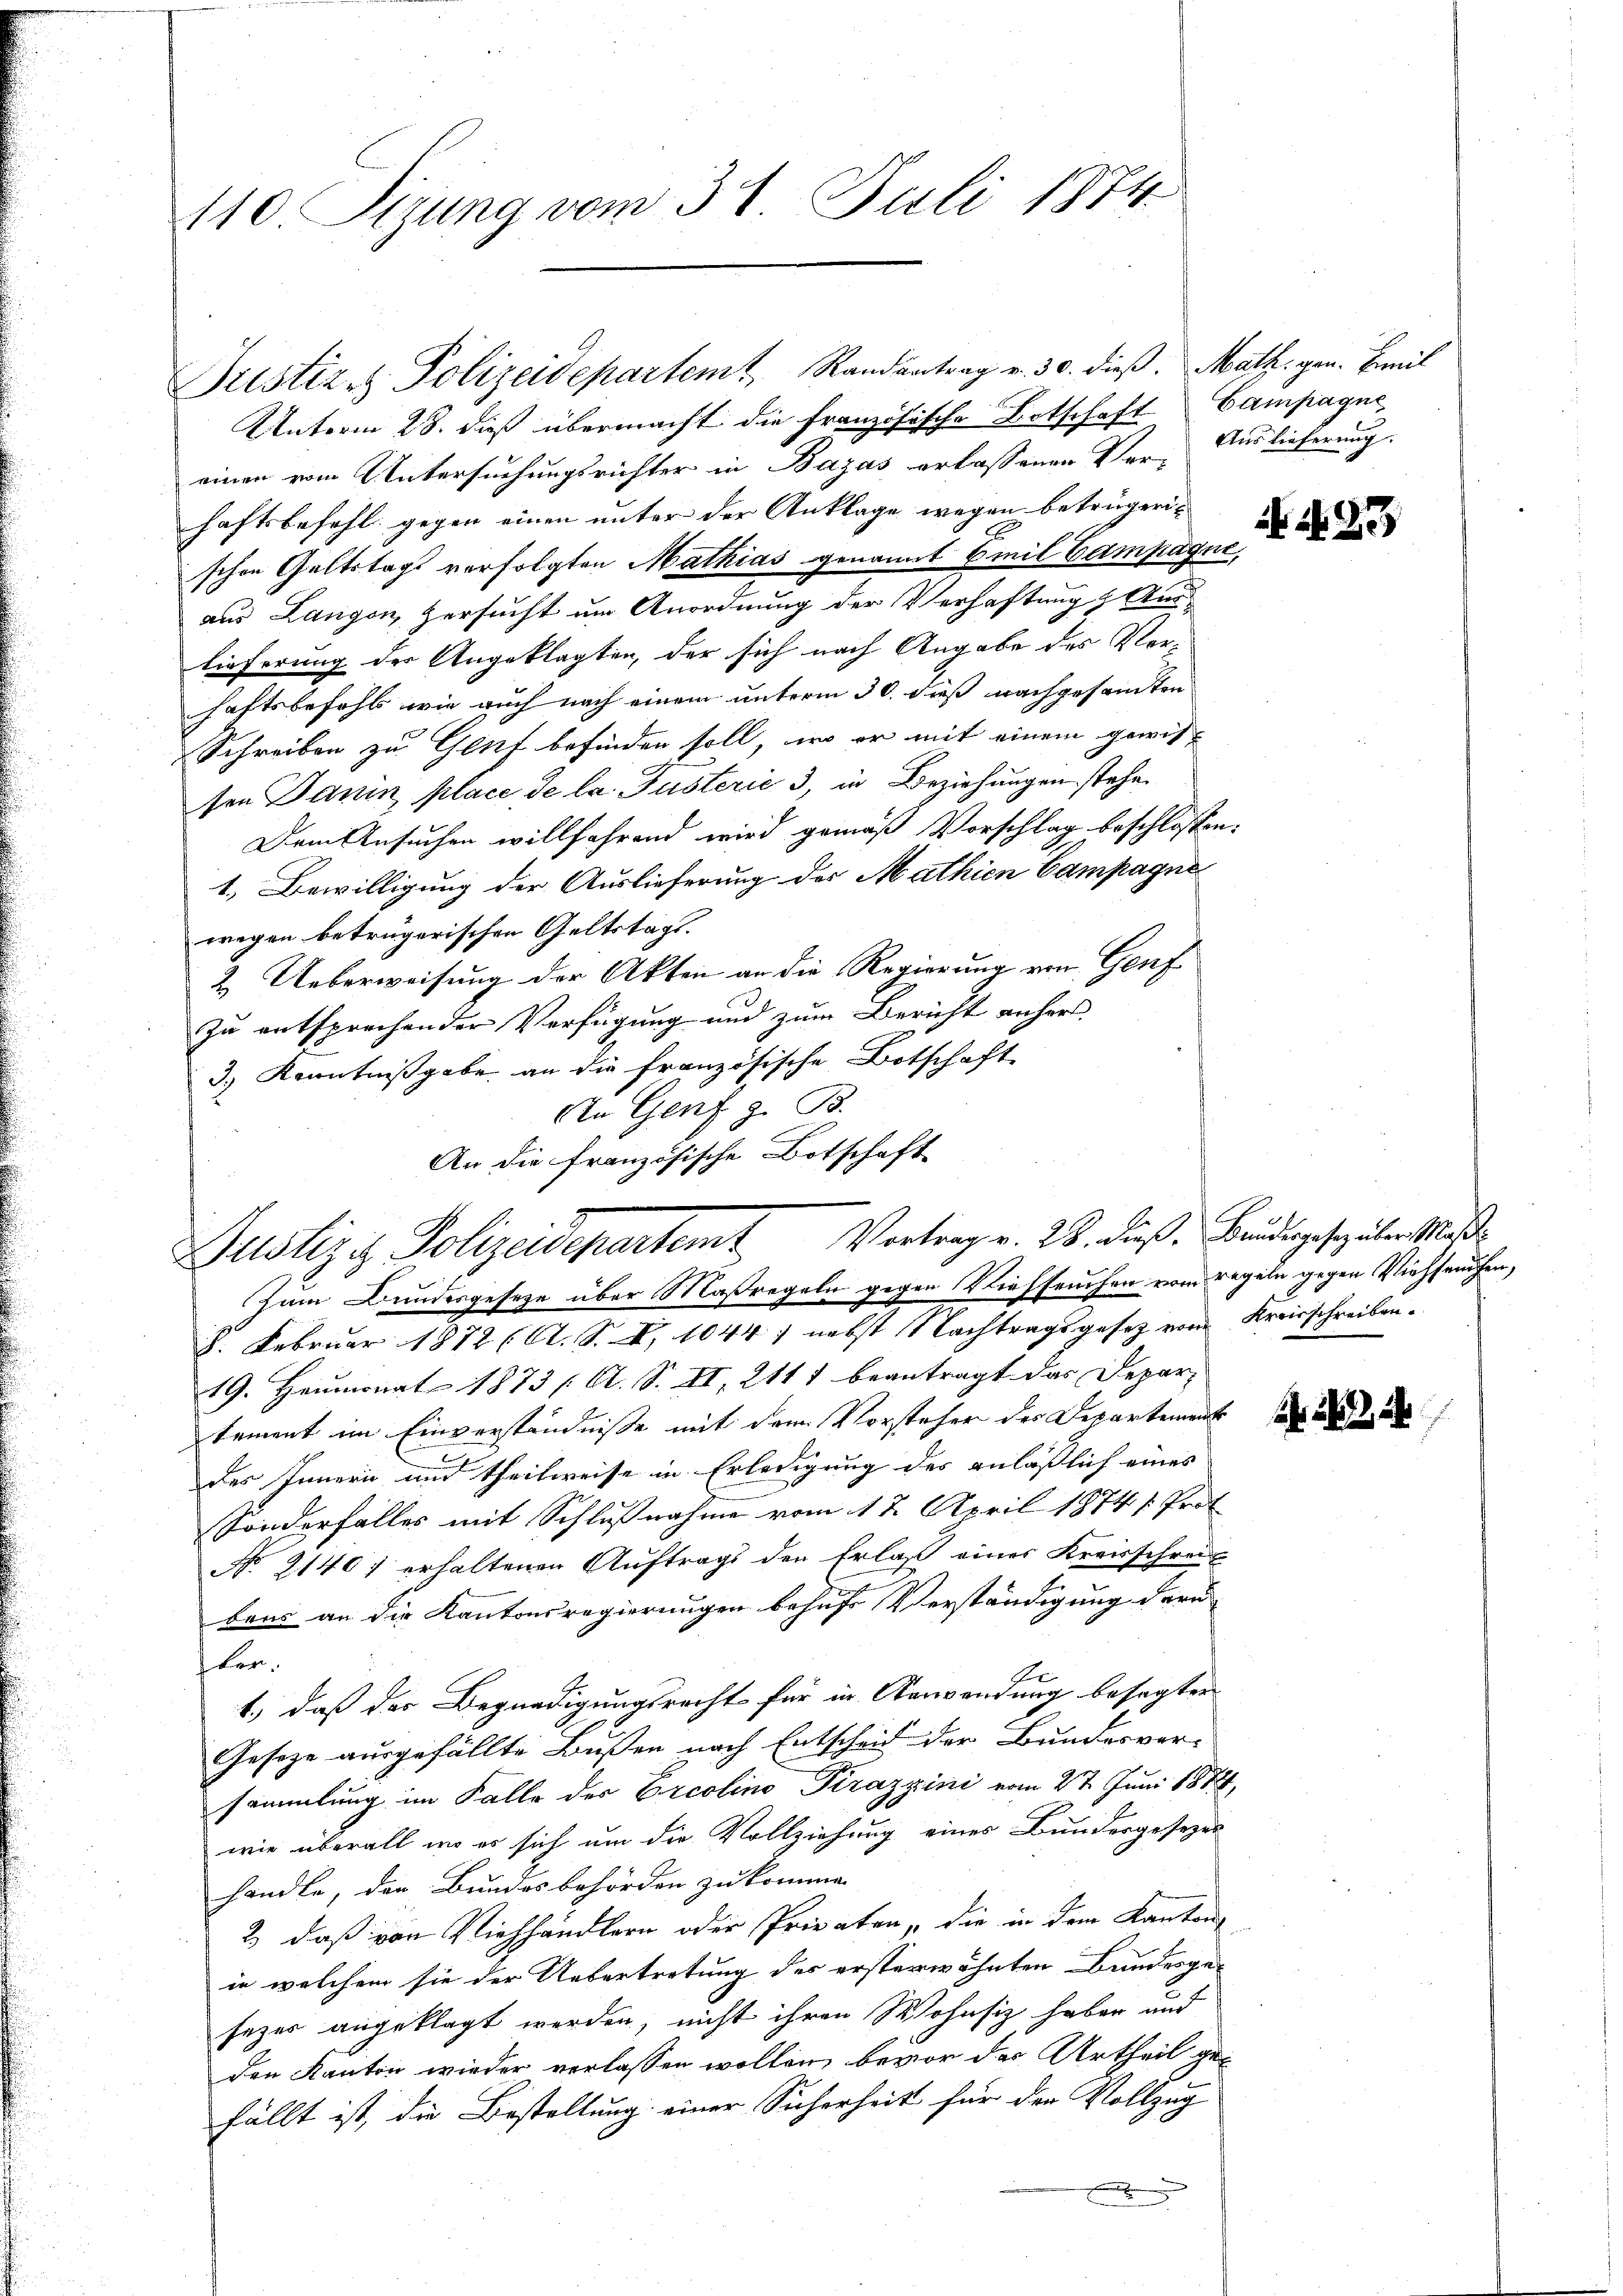
110 Sizung vom 31. Juli 1874

Justiz & Polizeidepartemt, Randantrag v. 30. dieß. Math. gen. Emil
Unterm 28. dieß übermacht die Französische Botschaft Lampagne,
einen vom Untersuchungsrichter in Bazas erlassenen Ver- Auslieferung
haftsbefehl gegen einen unter der Anklage wegen betrügerischen Geltstags verfolgten Mathias genannt Emil Campagne,
aus Langen, zersucht um Anordnung der Verhaftung & Aus-
lieferung der Angeklagten, der sich nach Angabe des Verhaftsbefehl wie auch nach einem unterm 30. dies nachgesamten
Schreiben zu Genf befinden soll, wo er mit einem gewis-
sen Danin place de la Justerić 3, in Beziehungen stehen
Dem Ansuchen willfahrend wird gemäß Vorschlag beschlossen:
1.) Bewilligung der Auslieferung des Mathien Campagne
wegen betrügerischen Geltstags.
2. Ueberweisung der Akten an die Regierung von Genf
zu entsprechender Verfügung und zum Bericht anhers,
3.) Kenntnißgabe an die französische Botschaft
An Genf z. B.
An die französische Botschaft
Zum Bundesgeseze über Maßregeln gegen Viehseuchen vom regeln gegen Viehseuchen,
8. Februar 1872 (A. S. X. 1044) nebst Nachtragsgesetz von Kreisschreiben.
19. Heumonat 1873 Al. S. II, 2117 beantragt das Depar-
tement im Einverständnisse mit dem Vorsteher des Departement
des Innern und theilweise in Erledigung des anläßlich eines
Sonderfalles mit Schlußnahme vom 17. April 1874 / Prot
No. 2140 f erhaltenen Auftrags der Erlaß eines Kreisschreit
bens an die Kantonsregierungen behufs Verständigung der
flen,
1.) daß der Begnadigungsrecht für in Verwendung besagten
Gesetze ausgefällte Bußen nach Entscheid der Bundesver-
sammlung im Falle der Ercolino Pirazzini vom 27. Juni 1882,
wie überall wo es sich um die Vollziehung eines Bundesgesezes
handle, den Bundesbehörden zu kommen
2) daß von Viehhändlern oder Privaten, die in dem Kanton
in welchem sie der Uebertretung des ersterwähnten Bundesgesezes angeklagt werden, nicht ihren Wohnsiz haben und
den Kanton wieder verlassen wollen, bevor der Urtheil gefällt ist, die Bestellung einer Sicherheit für der Vollzug
F

Justiziz Polizeidepartemt Vortrage. 28. dieß: Bruderspäter Maß¬

N. 33

1 22